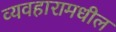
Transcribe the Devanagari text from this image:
व्यवहारामधील